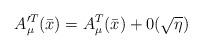
LaTeX: \begin{align*}A^{\prime T}_\mu (\bar{x}) = A_\mu ^T (\bar{x}) + 0(\sqrt{\eta})\end{align*}